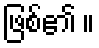
ဖြစ်၏ ။